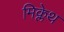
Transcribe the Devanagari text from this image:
मिक्लेथ